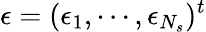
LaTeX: \mathbf{\epsilon}=(\epsilon_{1},\cdots,\epsilon_{N_{s}})^{t}